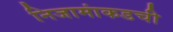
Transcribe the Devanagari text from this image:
निजामांकडची